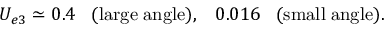
U _ { e 3 } \simeq 0 . 4 \; \; \; ( \mathrm { l a r g e \; a n g l e } ) , \; \; \; 0 . 0 1 6 \; \; \; ( \mathrm { s m a l l \; a n g l e } ) .